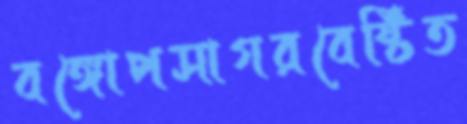
বঙ্গোপসাগরবেষ্টিত